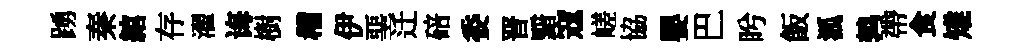
踴秦綰存濯诲樹稽伊堊迁碚委晋黯寇嵯協嬰巴盻飯泒鹑帶食雉